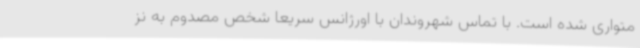
متواری شده است. با تماس شهروندان با اورژانس سریعا شخص مصدوم به نز